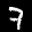
Label: 7